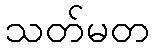
သတ်မတ